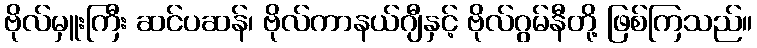
ဗိုလ်မှူးကြီး ဆင်ပဆန်၊ ဗိုလ်ကာနယ်ဂျီနှင့် ဗိုလ်ဂွမ်နီတို့ ဖြစ်ကြသည်။